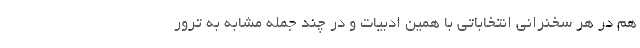
هم در هر سخنرانی انتخاباتی با همین ادبیات و در چند جمله مشابه به ترور